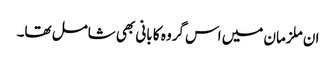
ان ملزمان میں اس گروہ کا بانی بھی شامل تھا۔